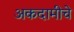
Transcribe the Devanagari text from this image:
अकदामीचे